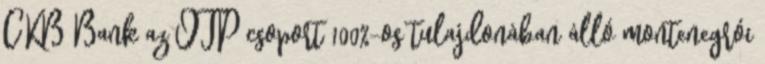
CKB Bank az OTP csoport 100%-os tulajdonában álló montenegrói